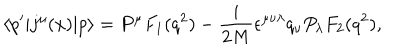
LaTeX: \left< p ^ { \prime } | j ^ { \mu } ( x ) | p \right> = P ^ { \mu } F _ { 1 } ( q ^ { 2 } ) - { \frac { i } { 2 M } } \epsilon ^ { \mu \nu \lambda } q _ { \nu } P _ { \lambda } F _ { 2 } ( q ^ { 2 } ) ,